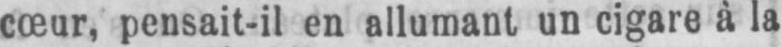
cœur, pensait-il en allumant un cigare à la